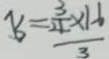
7 s = \frac { \frac { 3 } { 4 } \times 1 6 } { 3 }